Scientific memoirs by medical officers of the Army of India - Part XII,
Year: 1901
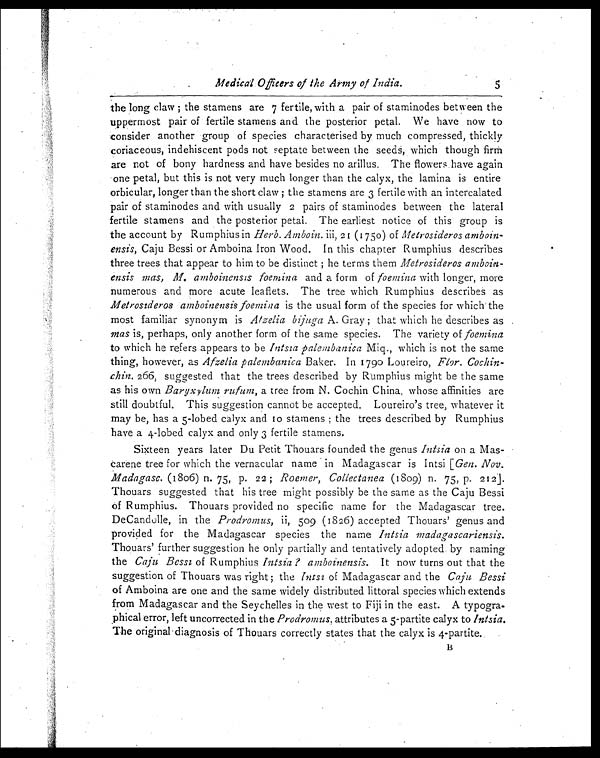
Medical Officers of the Army of India.
5
the long claw ; the stamens are 7 fertile, with a pair of staminodes between the
uppermost pair of fertile stamens and the posterior petal. We have now to
consider another group of species characterised by much compressed, thickly
coriaceous, indehiscent pods not septate between the seeds, which though firm
are not of bony hardness and have besides no arillus. The flowers have again
one petal, but this is not very much longer than the calyx, the lamina is entire
orbicular, longer than the short claw ; the stamens are 3 fertile with an intercalated
pair of staminodes and with usually 2 pairs of staminodes between the lateral
fertile stamens and the posterior petal. The earliest notice of this group is
the account by Rumphius in Herb. Amboin. iii, 21 (1750) of Metrosideros amboin--
ensis, Caju Bessi or Amboina Iron Wood. In this chapter Rumphius describes
three trees that appear to him to be distinct ; he terms them Metrosideros
a m b o i n - e n s i s m a s , M . a m b o i n e n s i s f o e m i n aa
n d a f o r m o f
f o e m i n a
w i t h l o n g e r , m o r e
numerous and more acute leaflets. The tree which Rumphius describes as
Metrosideros amboinensis foemina is the usual form of the species for which the
most familiar synonym is Afzelia bijuga A. Gray ; that which he describes as
mas is, perhaps, only another form of the same species. The variety of f o e m i n a
to which he refers appears to be Intsia palembanica Miq., which is not the same
thing, however, as Afzelia palembanica Baker. In 1790 Loureiro, Flor. Cochin-
chin. 266, suggested that the trees described by Rumphius might be the same
as his own Baryxylum rufum, a tree from N. Cochin China, whose affinities are
still doubtful. This suggestion cannot be accepted. Loureiro's tree, whatever it
may be, has a 5-lobed calyx and 10 stamens ; the trees described by Rumphius
have a 4-lobed calyx and only 3 fertile stamens.
Sixteen years later Du Petit Thouars founded the genus Intsia on a Mas-
carene tree for which the vernacular name in Madagascar is Intsi [Gen. Nov.
Madagasc. (1806) n. 75, p. 22 ; Roemer, Collectanea (1809) n. 75, p. 212
Thouars suggested that his tree might possibly be the same as the Caju Bessi
of Rumphius. Thouars provided no specific name for the Madagascar tree.
DeCandolle, in the Prodromus, i i 5 0 9 ( 1 8 2 6 ) a c c e p t e d T h o u a r s ' g e n u s a n d
provided for the Madagascar species the name Intsia madagascariensis.
Thouars' further suggestion he only partially and tentatively adopted by naming
the Caju Bessi of Rumphius Intsia ? amboinensis. It now turns out that the
suggestion of Thouars was right ; the Intsi of Madagascar and the Caju Bessi
of Amboina are one and the same widely distributed littoral species which extends
from Madagascar and the Seychelles in the west to Fiji in the east. A typogra
-phical error, left uncorrected in the Prodromus, attributes a 5-partite calyx to Intsia.
The original diagnosis of Thouars correctly states that the calyx is 4-partite.
B